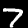
Label: 7